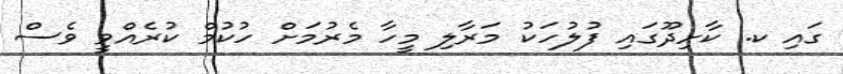
ގައި ކ. ކާށިދޫގައި ފުލުހަކު މަރާލި މީހާ މެރުމަށް ހުކުމް ކުރެއްވީ ވެސް